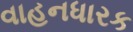
વાહનધારક